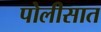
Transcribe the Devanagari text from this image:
पोलीसात